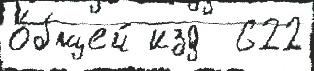
о́бщей изд  622